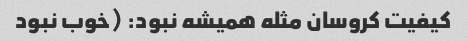
کیفیت کروسان مثله همیشه نبود: (خوب نبود